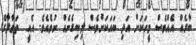
ބާރެއް އެއްވެސް މީހަކަށް އަދި ބައަކަށްވެސް ލިބިގެނެއް ނުވެއެވެ. އެއީ  ތަޢާލާގެ